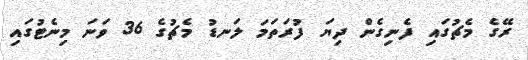
ރޭގެ މެޗުގައި ފެނިގެން ދިޔަ ފުރަތަމަ ލަނޑު މެޗުގެ 36 ވަނަ މިނެޓުގައި